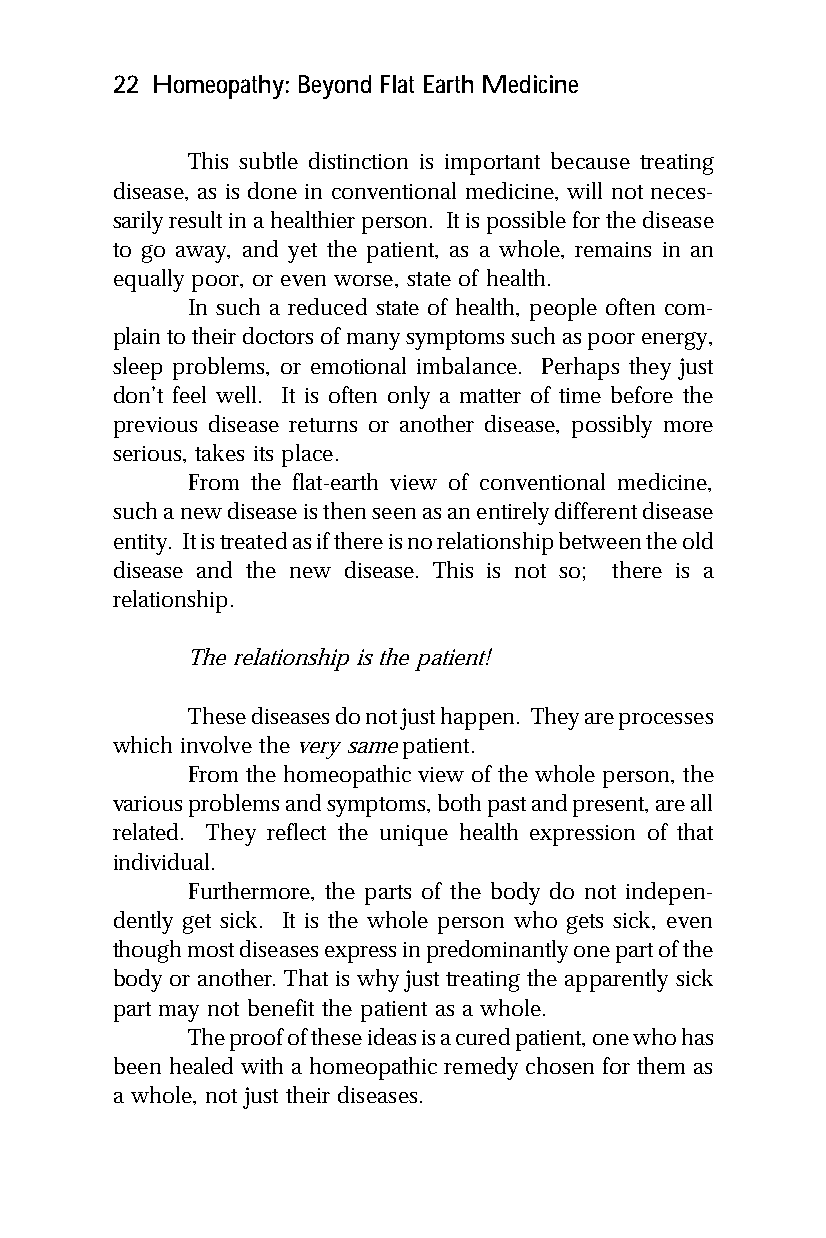
22 Homeopathy: Beyond Flat Earth Medicine
 This subtle distinction is important because treating
 disease, as is done in conventional medicine, will not neces-
 sarily result in a healthier person. It is possible for the disease
 to go away, and yet the patient, as a whole, remains in an
 equally poor, or even worse, state of health.
 In such a reduced state of health, people often com-
 plain to their doctors of many symptoms such as poor energy,
 sleep problems, or emotional imbalance. Perhaps they just
 don’t feel well. It is often only a matter of time before the
 previous disease returns or another disease, possibly more
 serious, takes its place.
 From the flat-earth view of conventional medicine,
 such a new disease is then seen as an entirely different disease
 entity. It is treated as if there is no relationship between the old
 disease and the new disease. This is not so; there is a
 relationship.
 The relationship is the patient!
 These diseases do not just happen. They are processes
 which involve the very same patient.
 From the homeopathic view of the whole person, the
 various problems and symptoms, both past and present, are all
 related. They reflect the unique health expression of that
 individual.
 Furthermore, the parts of the body do not indepen-
 dently get sick. It is the whole person who gets sick, even
 though most diseases express in predominantly one part of the
 body or another. That is why just treating the apparently sick
 part may not benefit the patient as a whole.
 The proof of these ideas is a cured patient, one who has
 been healed with a homeopathic remedy chosen for them as
 a whole, not just their diseases.